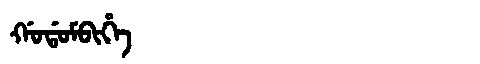
Manchu: ᡤᠣᡩᠣᠮᠪᡳᡥᡝ
Romanization: GODOMBIHE